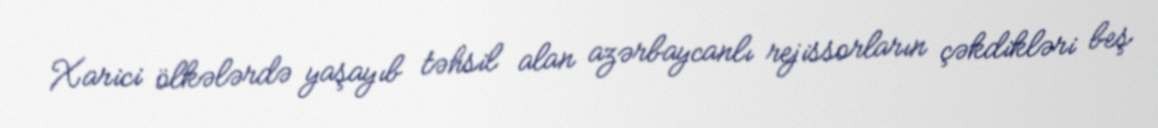
Xarici ölkələrdə yaşayıb təhsil alan azərbaycanlı rejissorların çəkdikləri beş